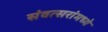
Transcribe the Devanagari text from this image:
संवत्सरांमध्ये